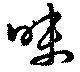
昧